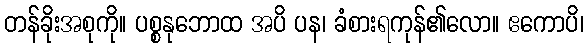
တန်ခိုးအစုကို။ ပစ္စနုဘောထ အပိ ပန၊ ခံစားရကုန်၏လော။ ဧကောပိ၊